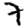
Digit: 7